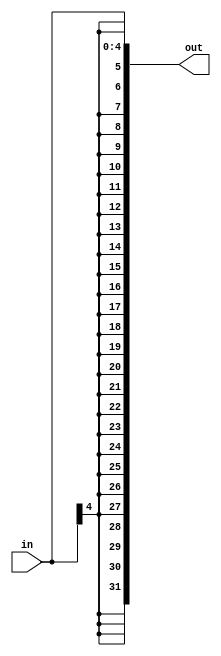
`timescale 1ns / 1ps
//////////////////////////////////////////////////////////////////////////////////
// Company: 
// Engineer: 
// 
// Design Name: 
// Module Name: SignExtension5to32
// Project Name: 
// Target Devices: 
// Tool Versions: 
// Description: 
// 
// Dependencies: 
// 
// Revision:
// Revision 0.01 - File Created
// Additional Comments:
// 
//////////////////////////////////////////////////////////////////////////////////

module SignExtension5to32(in, out);

/* A 16-Bit input word */
    input [4:0] in;
    
    /* A 32-Bit output word */
    output [31:0] out;
    
    /* Fill in the implementation here ... */
    assign out = {{27{in[4]}},in};
    
endmodule